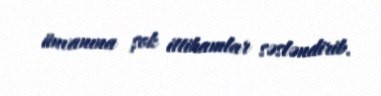
ünvanına şok ittihamlar səsləndirib.